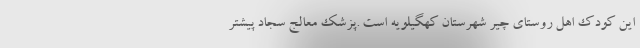
این کودک اهل روستای چیر شهرستان کهگیلویه است .پزشک معالج سجاد پیشتر